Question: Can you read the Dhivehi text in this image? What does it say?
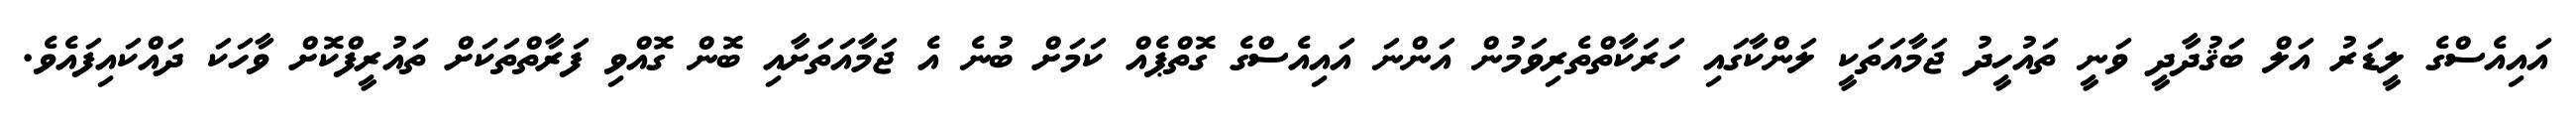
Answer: އައިއެސްގެ ލީޑަރު އަލް ބަޤުދާދީ ވަނީ ތައުހީދު ޖަމާއަތަކީ ލަންކާގައި ހަރަކާތްތެރިވަމުން އަންނަ އައިއެސްގެ ގޮތްޕެއް ކަމަށް ބުނެ އެ ޖަމާއަތަށާއި ބޮން ގޮއްވި ފަރާތްތަކަށް ތައުރީފްކޮށް ވާހަކަ ދައްކައިފައެވެ.